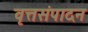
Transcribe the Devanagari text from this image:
वृत्तसंपादन